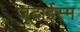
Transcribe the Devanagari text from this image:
जूदाईस्म